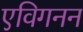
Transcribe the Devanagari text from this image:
एविगनन